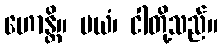
ဟောန္တိ။ မယံ၊ ငါတို့သည်။